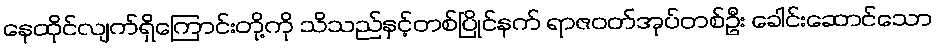
နေထိုင်လျက်ရှိကြောင်းတို့ကို သိသည်နှင့်တစ်ပြိုင်နက် ရာဇဝတ်အုပ်တစ်ဦး ခေါင်းဆောင်သော